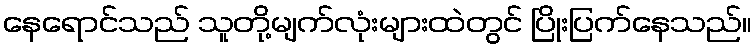
နေရောင်သည် သူတို့မျက်လုံးများထဲတွင် ပြိုးပြက်နေသည်။